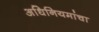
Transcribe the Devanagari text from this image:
अधिनियमांचा